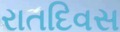
રાતદિવસ